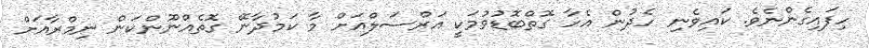
ހިފައިގެންނެވެ. ކައިވެނި ހެދުން އެހާ ގޮތްބޮޑުވުމަކީ އަރްސަލްއަށް މާ ކަމުދާނޭ ގޮތެއްނޫންކަން ނިމްރާއަށް